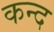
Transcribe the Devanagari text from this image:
कन्‍द